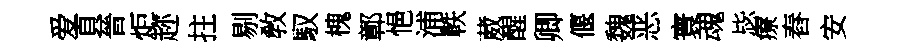
爱頁晉炬趂拄剔敎馭槐鄣悒浦軼葳醒卿偃魏恶寰魂毖療舂安